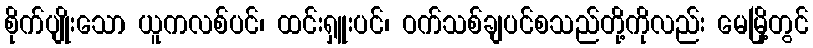
စိုက်ပျိုးသော ယူကလစ်ပင်၊ ထင်းရှူးပင်၊ ဝက်သစ်ချပင်စသည်တို့ကိုလည်း မေမြို့တွင်